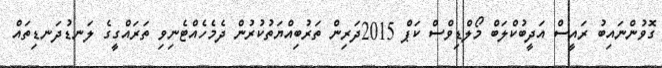
ގޮވުންނައިބު ރައީސް އަދީބުކްލަބް މޯލްޑިވްސް ކަޕް 2015ދަރިން ތަރުބިއްޔަތުކުރުން ދެމެހެއްޓެނިވި ތަރައްގީގެ ލަނޑުދަނޑިތައް